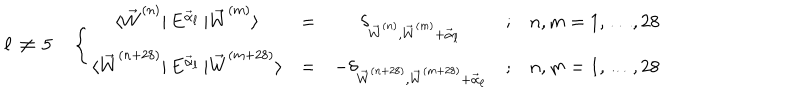
\ell \, \neq \, 5 \quad \, \Biggl \{ \begin{matrix} { { \langle { \vec { W } } ^ { ( n ) } \vert \, E ^ { \vec { \alpha } _ { \ell } } \, \vert { \vec { W } } ^ { ( m ) } \rangle } } & { { = } } & { { \delta _ { { \vec { W } } ^ { ( n ) } , { \vec { W } } ^ { ( m ) } + { \vec { \alpha } } _ { \ell } } } } & { { ; } } & { { n , m = 1 , \dots , 2 8 } } \\ { { \langle { \vec { W } } ^ { ( n + 2 8 ) } \vert \, E ^ { \vec { \alpha } _ { \ell } } \, \vert { \vec { W } } ^ { ( m + 2 8 ) } \rangle } } & { { = } } & { { - \delta _ { { \vec { W } } ^ { ( n + 2 8 ) } , { \vec { W } } ^ { ( m + 2 8 ) } + { \vec { \alpha } } _ { \ell } } } } & { { ; } } & { { n , m = 1 , \dots , 2 8 } } \\ \end{matrix}